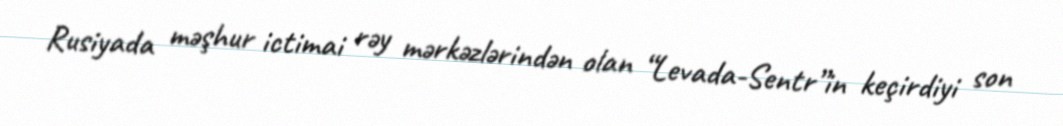
Rusiyada məşhur ictimai rəy mərkəzlərindən olan “Levada-Sentr”in keçirdiyi son